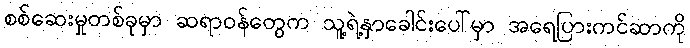
စစ်ဆေးမှုတစ်ခုမှာ ဆရာဝန်တွေက သူ့ရဲ့နှာခေါင်းပေါ်မှာ အရေပြားကင်ဆာကို